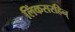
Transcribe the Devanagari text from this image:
लिंकसरहिन्